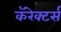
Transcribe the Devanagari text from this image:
कॅरेक्टर्स